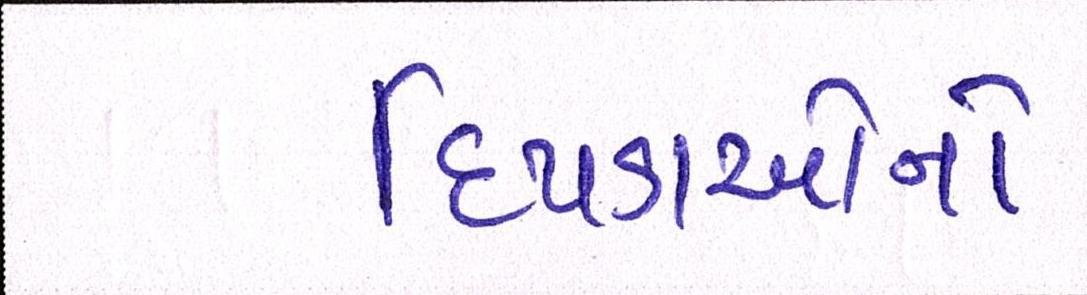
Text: દિપડાઓનો